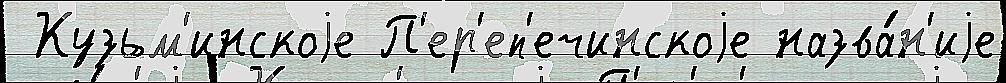
 Кузьм'инскоjе П'ер'еп'ечинскоjе назва́н'иjе